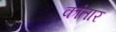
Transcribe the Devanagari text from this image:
कांतार